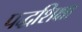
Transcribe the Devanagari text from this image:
पद्धशिक्षा